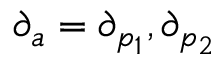
\partial _ { a } = \partial _ { p _ { 1 } } , \partial _ { p _ { 2 } }